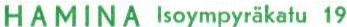
HAMINA Isoympyräkatu 19